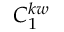
C _ { 1 } ^ { k w }